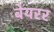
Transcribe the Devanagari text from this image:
बेयरर